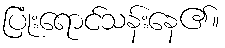
ပြုံးရောင်သန်းနေ၏။